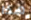
هذا